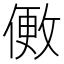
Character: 𬿒